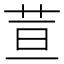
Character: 荁